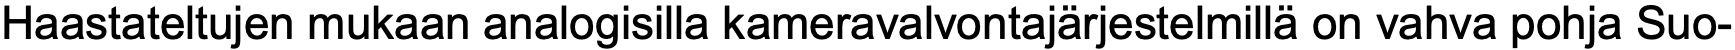
Haastateltujen mukaan analogisilla kameravalvontajärjestelmillä on vahva pohja Suo-